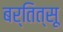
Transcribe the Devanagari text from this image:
बर्तित्सू